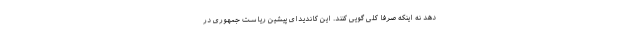
دهد نه اینکه صرفا کلی گویی کنند. این کاندیدای پیشین ریاست جمهوری در